Scottish Leaving Certificate Examination, 1961
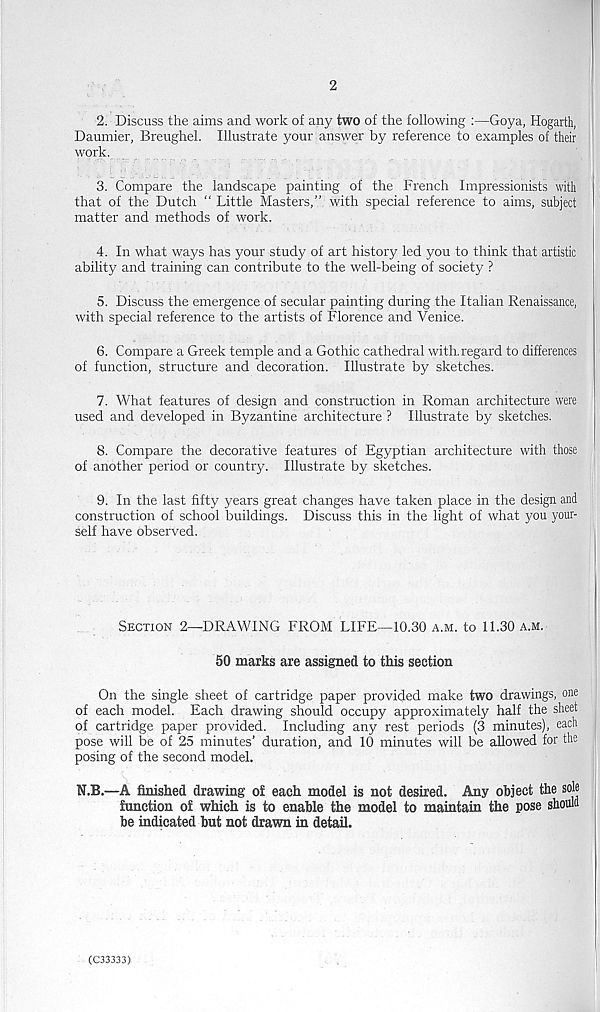
2
2. Discuss the aims and work of any two of the following :—Goya, Hogarth,
Daumier, Breughel. Illustrate your answer by reference to examples of their
work.
3. Compare the landscape painting of the French Impressionists with
that of the Dutch “ Little Masters,” with special reference to aims, subject
matter and methods of work.
4. In what ways has your study of art history led you to think that artistic
ability and training can contribute to the well-being of society ?
5. Discuss the emergence of secular painting during the Italian Renaissance,
with special reference to the artists of Florence and Venice.
6. Compare a Greek temple and a Gothic cathedral with, regard to difierences
of function, structure and decoration. Illustrate by sketches.
7. What features of design and construction in Roman architecture were
used and developed in Byzantine architecture ? Illustrate by sketches.
8. Compare the decorative features of Egyptian architecture with those
of another period or countiy. Illustrate by sketches.
9. In the last fifty years great changes have taken place in the design and
construction of school buildings. Discuss this in the light of what you your-
self have observed.
Section 2—DRAWING FROM LIFE—10.30 a.m. to 11.30 a.m.
50 marks are assigned to this section
On the single sheet of cartridge paper provided make two drawings, one
of each model. Each drawing should occupy approximately half the sheet
of cartridge paper provided. Including any rest periods (3 minutes), each
pose will be of 25 minutes’ duration, and 10 minutes will be allowed for the
posing of the second model.
N.B.—A finished drawing of each model is not desired. Any object the sob
function of which is to enable the model to maintain the pose should
be indicated but not drawn in detail.
(-G33333)